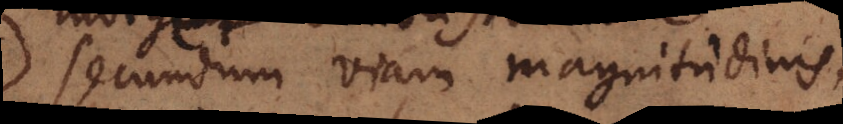
secundum viam magnitudinis,